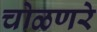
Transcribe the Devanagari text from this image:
चोळणरे